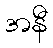
အနီ